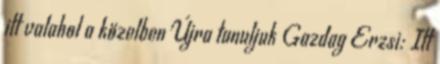
itt valahol a közelben Újra tanuljuk Gazdag Erzsi: Itt